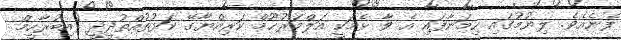
ފެނެއެވެ. ލިޔުމުގައި ހިމަނާފައި އެ ވާ ޅެމަކީ އަލްމަރުޙޫމް ކަރިއްޔާގޭ ކަޅުތުއްތުދީދީ (އިބުރާހީމް